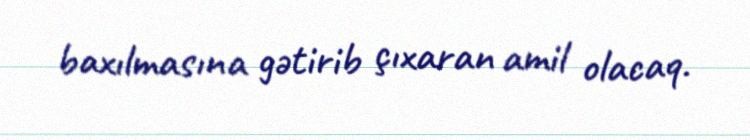
baxılmasına gətirib çıxaran amil olacaq.